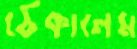
ঠেকালেম